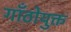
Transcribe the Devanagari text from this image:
गाँठोयुक्त